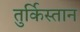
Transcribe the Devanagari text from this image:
तुर्किस्‍तान